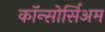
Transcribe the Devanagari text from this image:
कॉन्सोर्सिअम